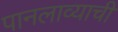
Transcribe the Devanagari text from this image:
पानलाव्याची